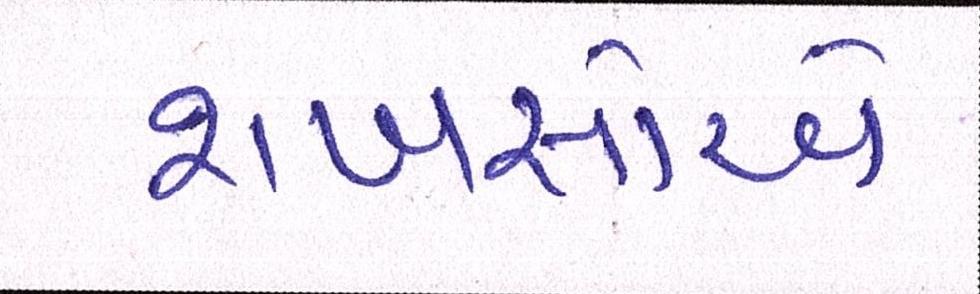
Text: શખસોએ